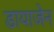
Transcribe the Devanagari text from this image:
डायाजेन